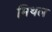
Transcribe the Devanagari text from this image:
मिथल